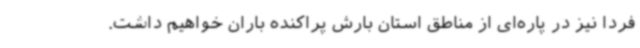
فردا نیز در پاره‌ای از مناطق استان بارش پراکنده باران خواهیم داشت.